Report on the working of the mental hospitals for Indians in Bihar and Orissa - 1925-1929
Year: 1925
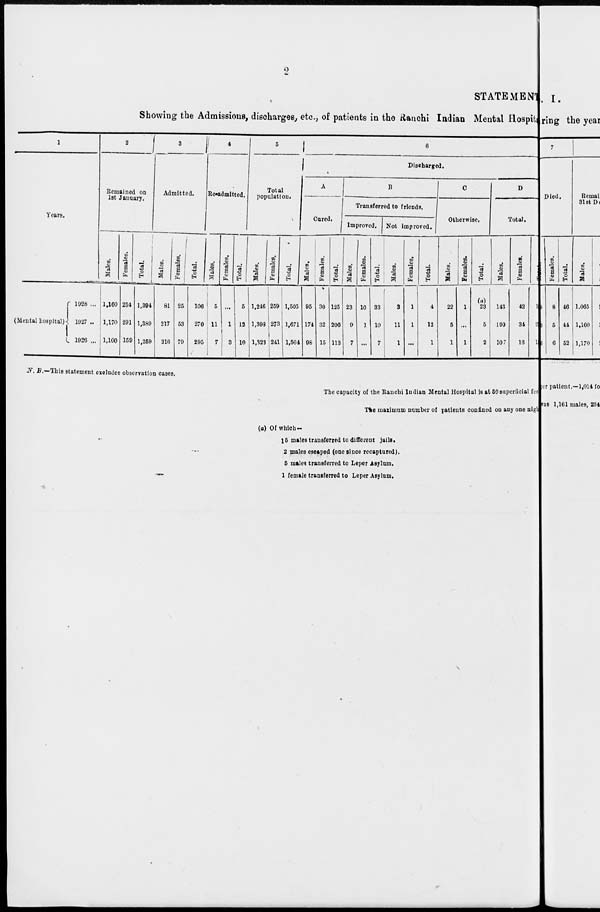
2
STATEMENT
Showing the Admissions, discharges, etc., of patients in the Ranchi Indian Mental Hospital
1
Years.
(Mental hospital)
1928 ...
1927 ...
1926 ...
2
Remained on
1st January.
Males.
1,160
1,170
1,100
Females.
234
291
159
Total.
1,394
1,389
1,259
3
Admitted.
Males.
81
217
216
Females.
25
53
79
Total.
106
270
295
4
Re-admitted.
Males.
5
11
7
Females.
...
1
3
Total.
5
12
10
5
Total
population.
Males.
1,246
1,398
1,323
Females.
259
273
241
Total.
1,505
1,671
1,564
6
Discharged.
A
Cured.
Males.
95
174
98
Females.
30
32
15
Total.
125
206
113
B
Transferred to friends.
Improved.
Males.
23
9
7
Females.
10
1
...
Total.
33
10
7
Not improved.
Males.
3
11
1
Females.
1
1
...
Total.
4
12
1
C
Otherwise.
Males.
22
5
1
Females.
1
...
1
Total.
(a)
23
5
2
D
Total.
Males.
143
199
107
Females.
42
34
16
Total.
185
233
123
N. B.—This statement excludes observation cases.
The capacity of the Ranchi Indian Mental Hospital is at 59 superficial fee
The maximum number of patients confined on any one night
(a) Of which —
15 males transferred to different jails.
2 males escaped (one since recaptured).
5 males transferred to Leper Asylum.
1 female transferred to Leper Asylum.